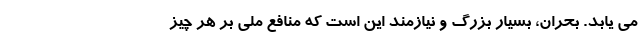
می یابد. بحران، بسیار بزرگ و نیازمند این است که منافع ملی بر هر چیز